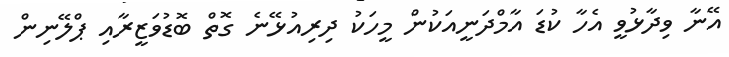
އޭނާ ވިދާޅުވީ އެހާ ކުޑަ އާމްދަނީއަކުން މީހަކު ދިރިއުޅޭނެ ގޮތް ބޮޑުވަޒީރާއި ޕްލޭނިން